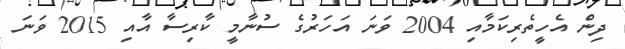
ދިން އެހީތެރިކަމާއި 2004 ވަނަ އަހަރުގެ ސުނާމީ ކާރިސާ އާއި 2015 ވަނަ